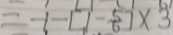
= - 1 - [ 1 - \frac { 5 } { 6 } ] \times 3